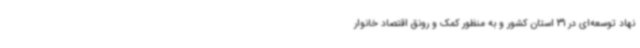
نهاد توسعه‌ای در 31 استان کشور و به منظور کمک و رونق اقتصاد خانوار